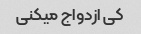
کی ازدواج میکنی